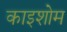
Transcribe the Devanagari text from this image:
काइशोम